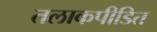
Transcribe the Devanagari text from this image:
तलाकपीडित